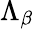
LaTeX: \Lambda_{\beta}